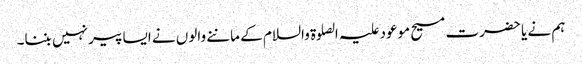
ہم نے یا حضرت مسیح موعود علیہ الصلوۃ والسلام کے ماننے والوں نے ایسا پیر نہیں بننا۔